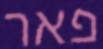
פאר